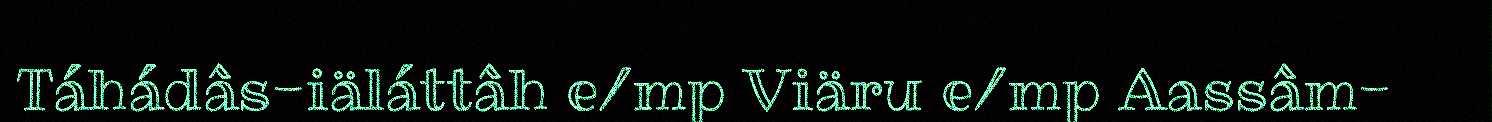
Táhádâs-iäláttâh e/mp Viäru e/mp Aassâm-